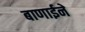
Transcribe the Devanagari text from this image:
बाणाईने